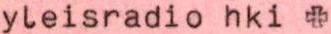
yleisradio hki +